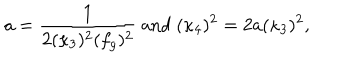
LaTeX: a = \frac { 1 } { 2 ( \kappa _ { 3 } ) ^ { 2 } ( f _ { g } ) ^ { 2 } } ~ \mathrm { a n d } ~ ( \kappa _ { 4 } ) ^ { 2 } = 2 a ( \kappa _ { 3 } ) ^ { 2 } ,